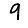
Digit: 9